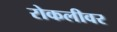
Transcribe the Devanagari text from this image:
रोकलीवर